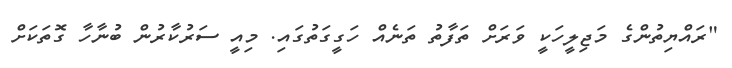
"ރައްޔިތުންގެ މަޖިލީހަކީ ވަރަށް ތަފާތު ތަނެއް ހަގީގަތުގައި. މިއީ ސަރުކާރުން ބުނާހާ ގޮތަކަށް